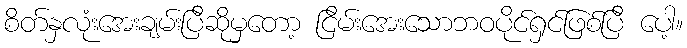
စိတ်နှလုံးအေးချမ်းပြီဆိုမှတော့ ငြိမ်းအေးသောဘဝပိုင်ရှင်ဖြစ်ပြီ ပေါ့။